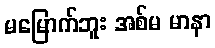
မမြောက်ဘူး အစ်မ မာနာ